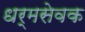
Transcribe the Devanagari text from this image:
धर्मसेवक